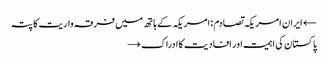
← ایران امریکہ تصادم : امریکہ کے ہاتھ میں فرقہ واریت کا پتہ
پاکستان کی اہمیت اور افادیت کا ادراک →